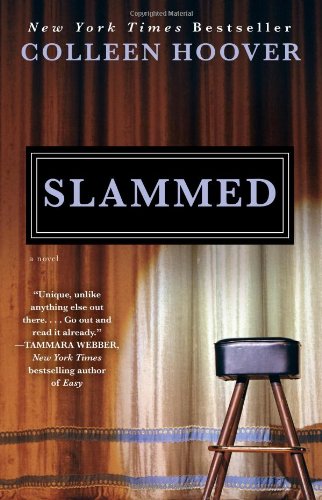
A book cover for Slammed: A Novel; Colleen Hoover; Literature & Fiction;